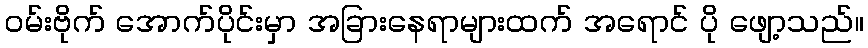
ဝမ်းဗိုက် အောက်ပိုင်းမှာ အခြားနေရာများထက် အရောင် ပို ဖျော့သည်။